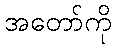
အတော်ကို